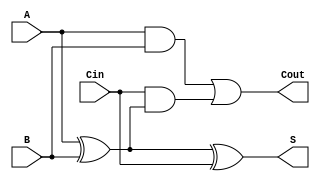
module low_power_full_adder (
    input  wire A,    // First input bit
    input  wire B,    // Second input bit
    input  wire Cin,  // Carry-in bit
    output wire S,    // Sum output
    output wire Cout   // Carry-out output
);

// Internal signals for intermediate calculations
wire AxorB;

// Calculate the sum using XOR gates
assign AxorB = A ^ B; // A XOR B
assign S = AxorB ^ Cin; // (A XOR B) XOR Cin

// Calculate the carry-out
assign Cout = (A & B) | (Cin & AxorB); // (A AND B) OR (Cin AND (A XOR B))

endmodule